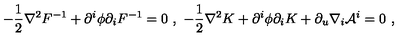
- { \frac { 1 } { 2 } } \nabla ^ { 2 } F ^ { - 1 } + \partial ^ { i } \phi \partial _ { i } F ^ { - 1 } = 0 \ , \ - { \frac { 1 } { 2 } } \nabla ^ { 2 } K + \partial ^ { i } \phi \partial _ { i } K + \partial _ { u } \nabla _ { i } { \cal A } ^ { i } = 0 \ ,